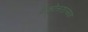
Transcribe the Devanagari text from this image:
प्रश्नोत्तरात्मक